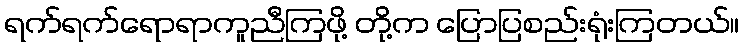
ရက်ရက်ရောရာကူညီကြဖို့ တို့က ပြောပြစည်းရုံးကြတယ်။